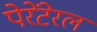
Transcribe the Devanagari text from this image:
पेरेंटेरल